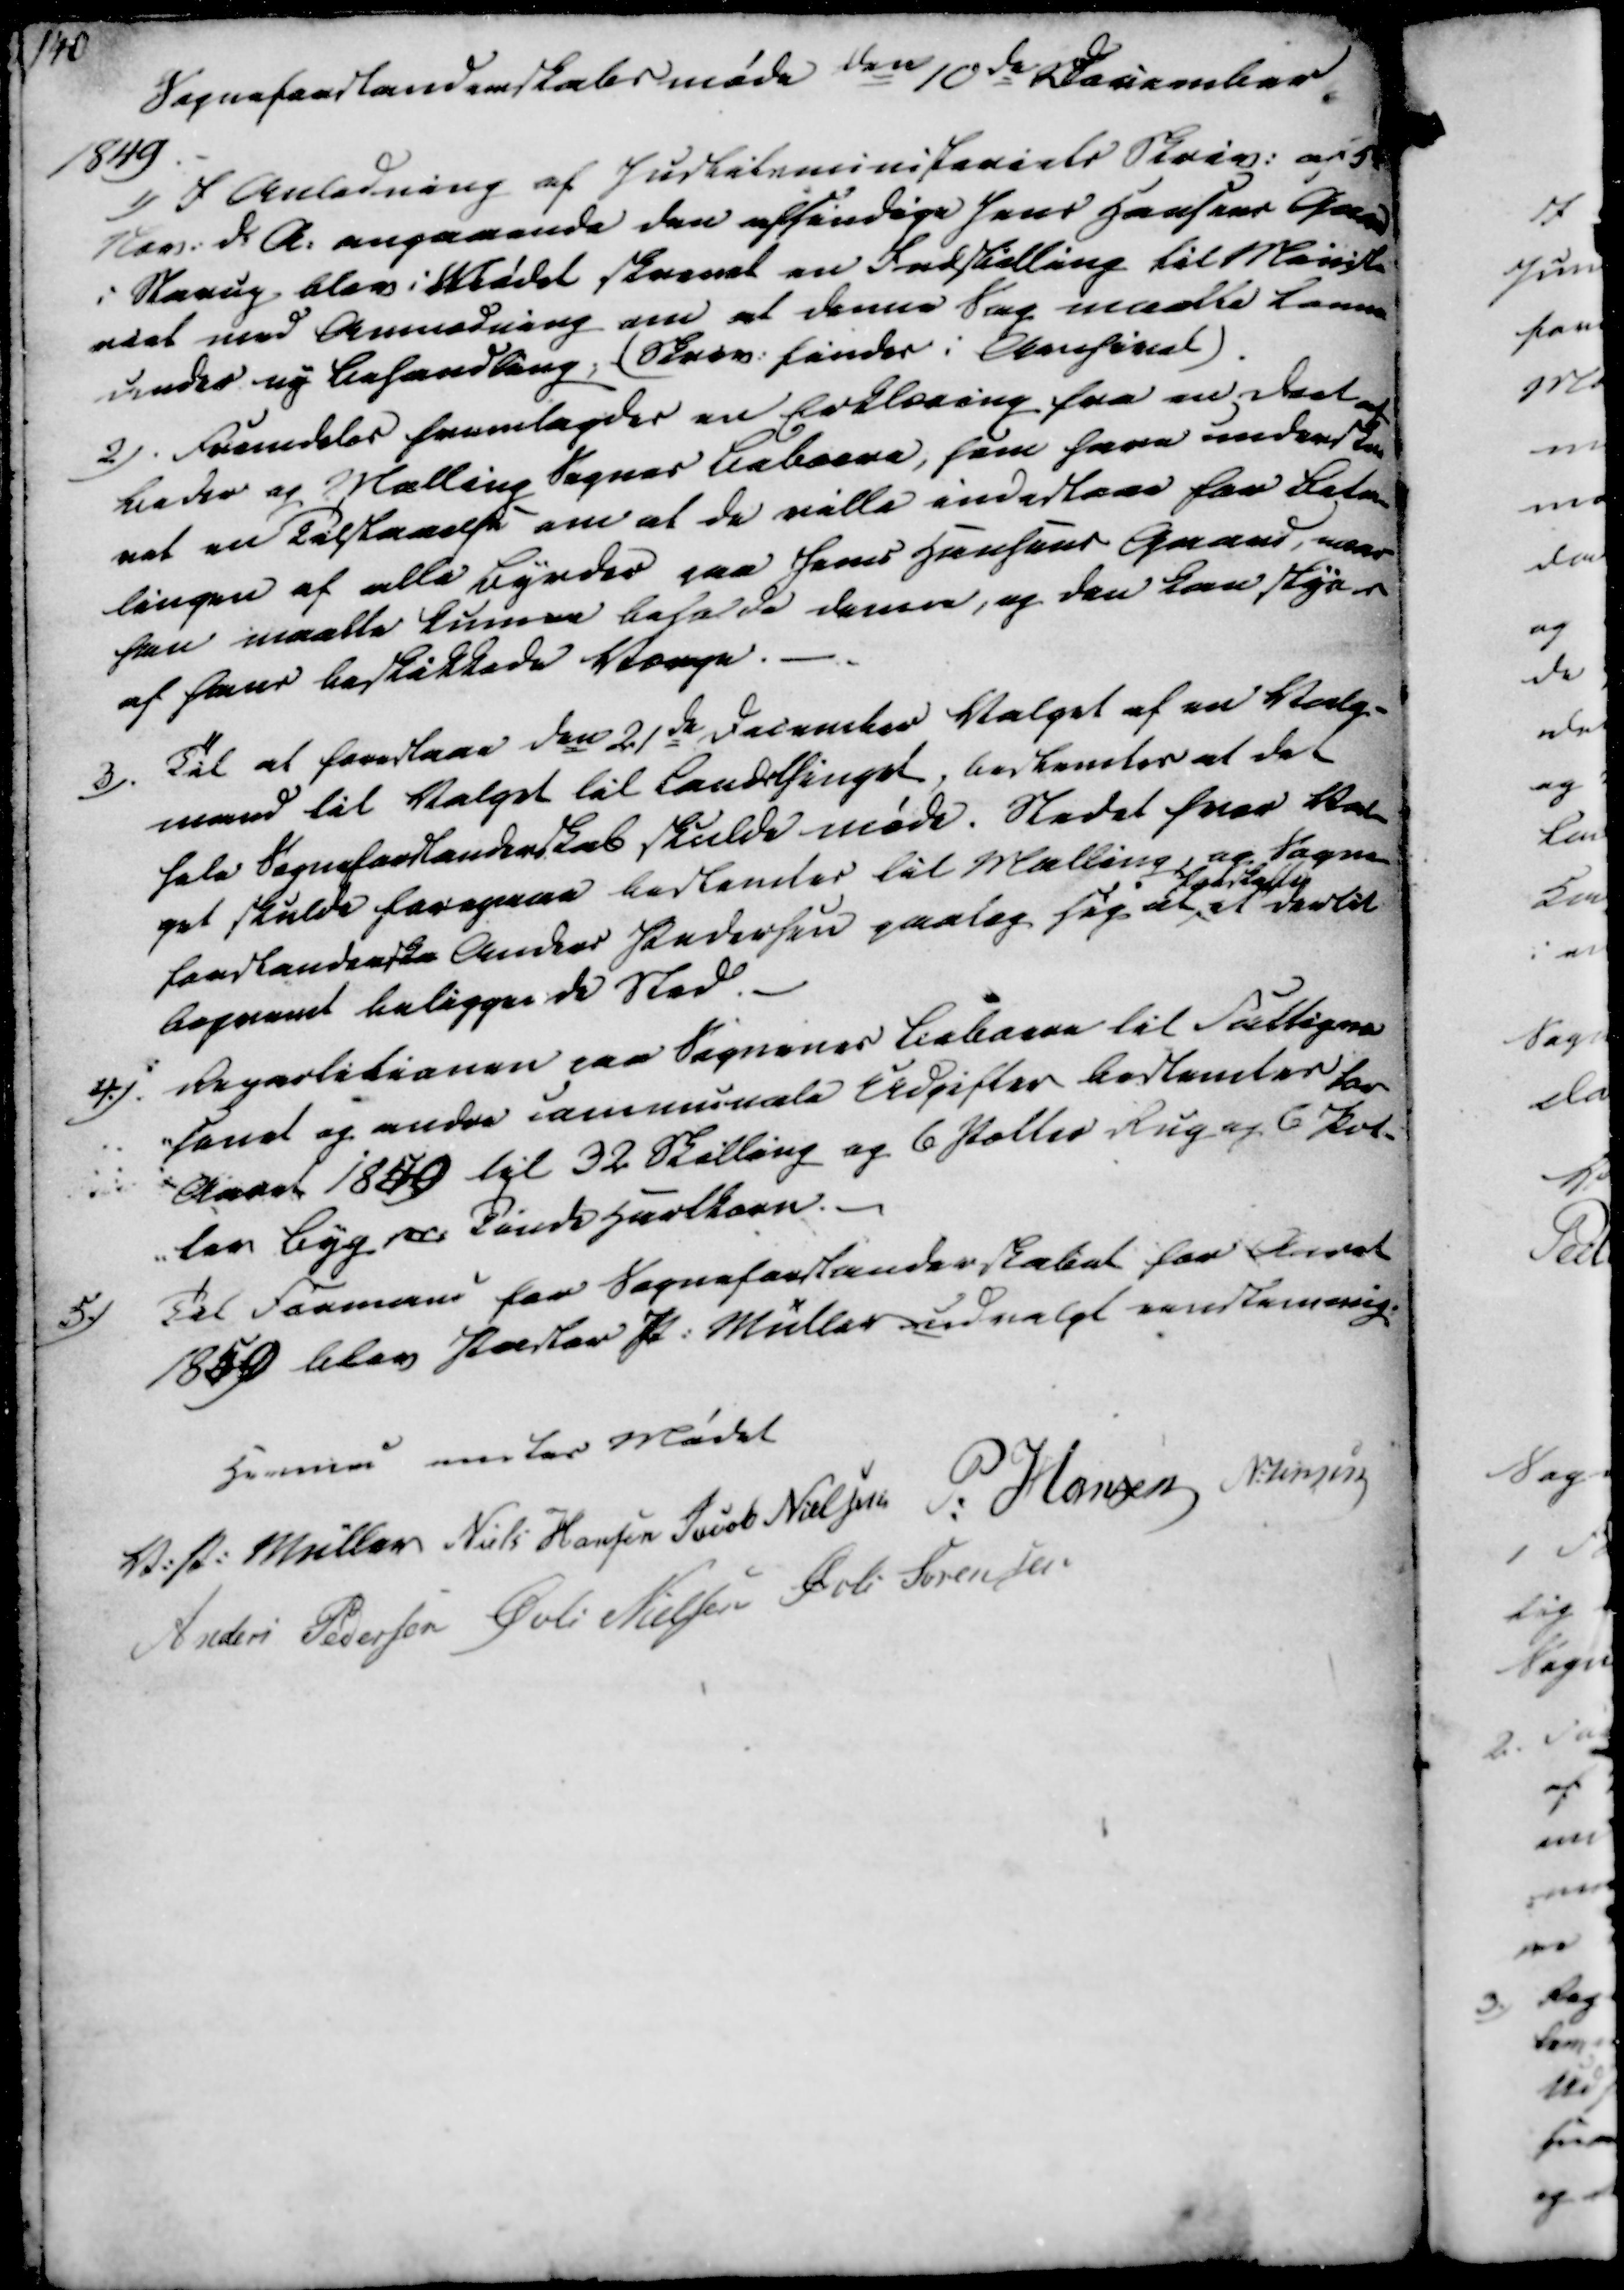
Transskription:
Sogneforstanderskabsmøde den 10de December
1849

1) I Anledning af Justitsministeriets Skriv. af 5
Nov. d.A. angaaende den afsindige Jens Hansens Gaard
i Starup blev i Mødet skrevet en Indstilling til Ministe
riet med Anmodning om at denne Sag maatte komme
under ny Behandling; (Skriv. findes i Akansinet)
2). Fremdeles fremlagdes en Erklæring fra en Deel af
Beder og Malling Sognes Beboere, som have underskre
vet en Tilstaaelse om at de ville indestaae for Beta-
lingen af alle Byrder paa Jens Hansens Gaard, naar
han maatte kunne beholde denne, og den kan styres
af hans beskikkede Værge.

3). Til at forestaae den 21de December Valget af en Valg-
mand til Valget til Landsthinget, bestemtes at det
hele Sogneforstanderskab skulde møde. Stedet hvor Val-
get skulde foregaae bestemtes til Malling, og Sogne-
forstanderska Anders Pedersen paatog sig at
anskaffe
et dertil
beprevet beliggende Sted.
4). Repartitionen paa Sognenes Beboere til Fattigvæ
-senet og andre communale Udgifter bestemtes for
Aaret 1850 til 32 Skilling og 6 Potter Rug og 6 Pot-
-ter Byg pr. Tønde Hartkorn.
5.) Til Formand for Sogneforstanderskabet for Aaret
1850 blev Pastor P. Müller udvalgt enstemmig

Hermed endtes Mødet
V. P. Müller
Niels Hansen
Jacob Nielsen
P. Hansen
N. Jensen
Anders Pedersen
Øvli Nielsen
Øvli Sørensen